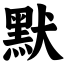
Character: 默